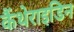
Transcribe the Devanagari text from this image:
कैंथेराइडिन